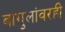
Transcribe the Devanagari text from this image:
बागुलांवरही